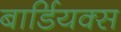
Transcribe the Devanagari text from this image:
बार्डियक्स